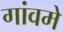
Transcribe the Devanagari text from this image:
गांवमे